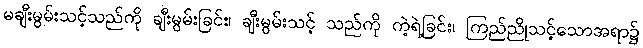
မချီးမွမ်းသင့်သည်ကို ချီးမွမ်းခြင်း၊ ချီးမွမ်းသင့် သည်ကို ကဲ့ရဲ့ခြင်း၊ ကြည်ညိုသင့်သောအရာ၌